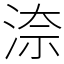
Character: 㴎